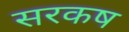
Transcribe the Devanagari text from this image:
सरकष